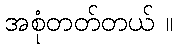
အစုံတတ်တယ် ။